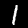
Digit: 1